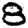
Digit: 8